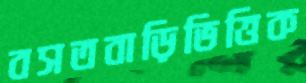
বসতবাড়িভিত্তিক